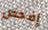
إفحص